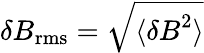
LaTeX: \delta B_{\mathrm{rms}}=\sqrt{\langle{\mathbf\delta B}^{2}\rangle}